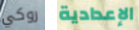
روكي الإعدادية